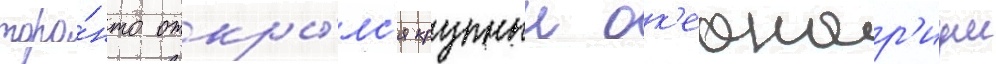
торо́нто откры́лс'я крупныи ок'еанар'иум